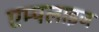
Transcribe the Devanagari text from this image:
एम्पलाइज